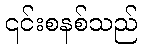
၎င်းစနစ်သည်